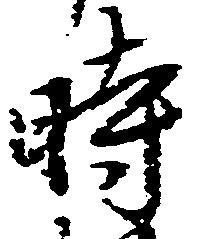
時